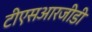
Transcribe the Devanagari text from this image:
टीएसआरजीडी